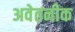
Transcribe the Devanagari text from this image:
अवेतनीक